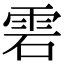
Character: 雼